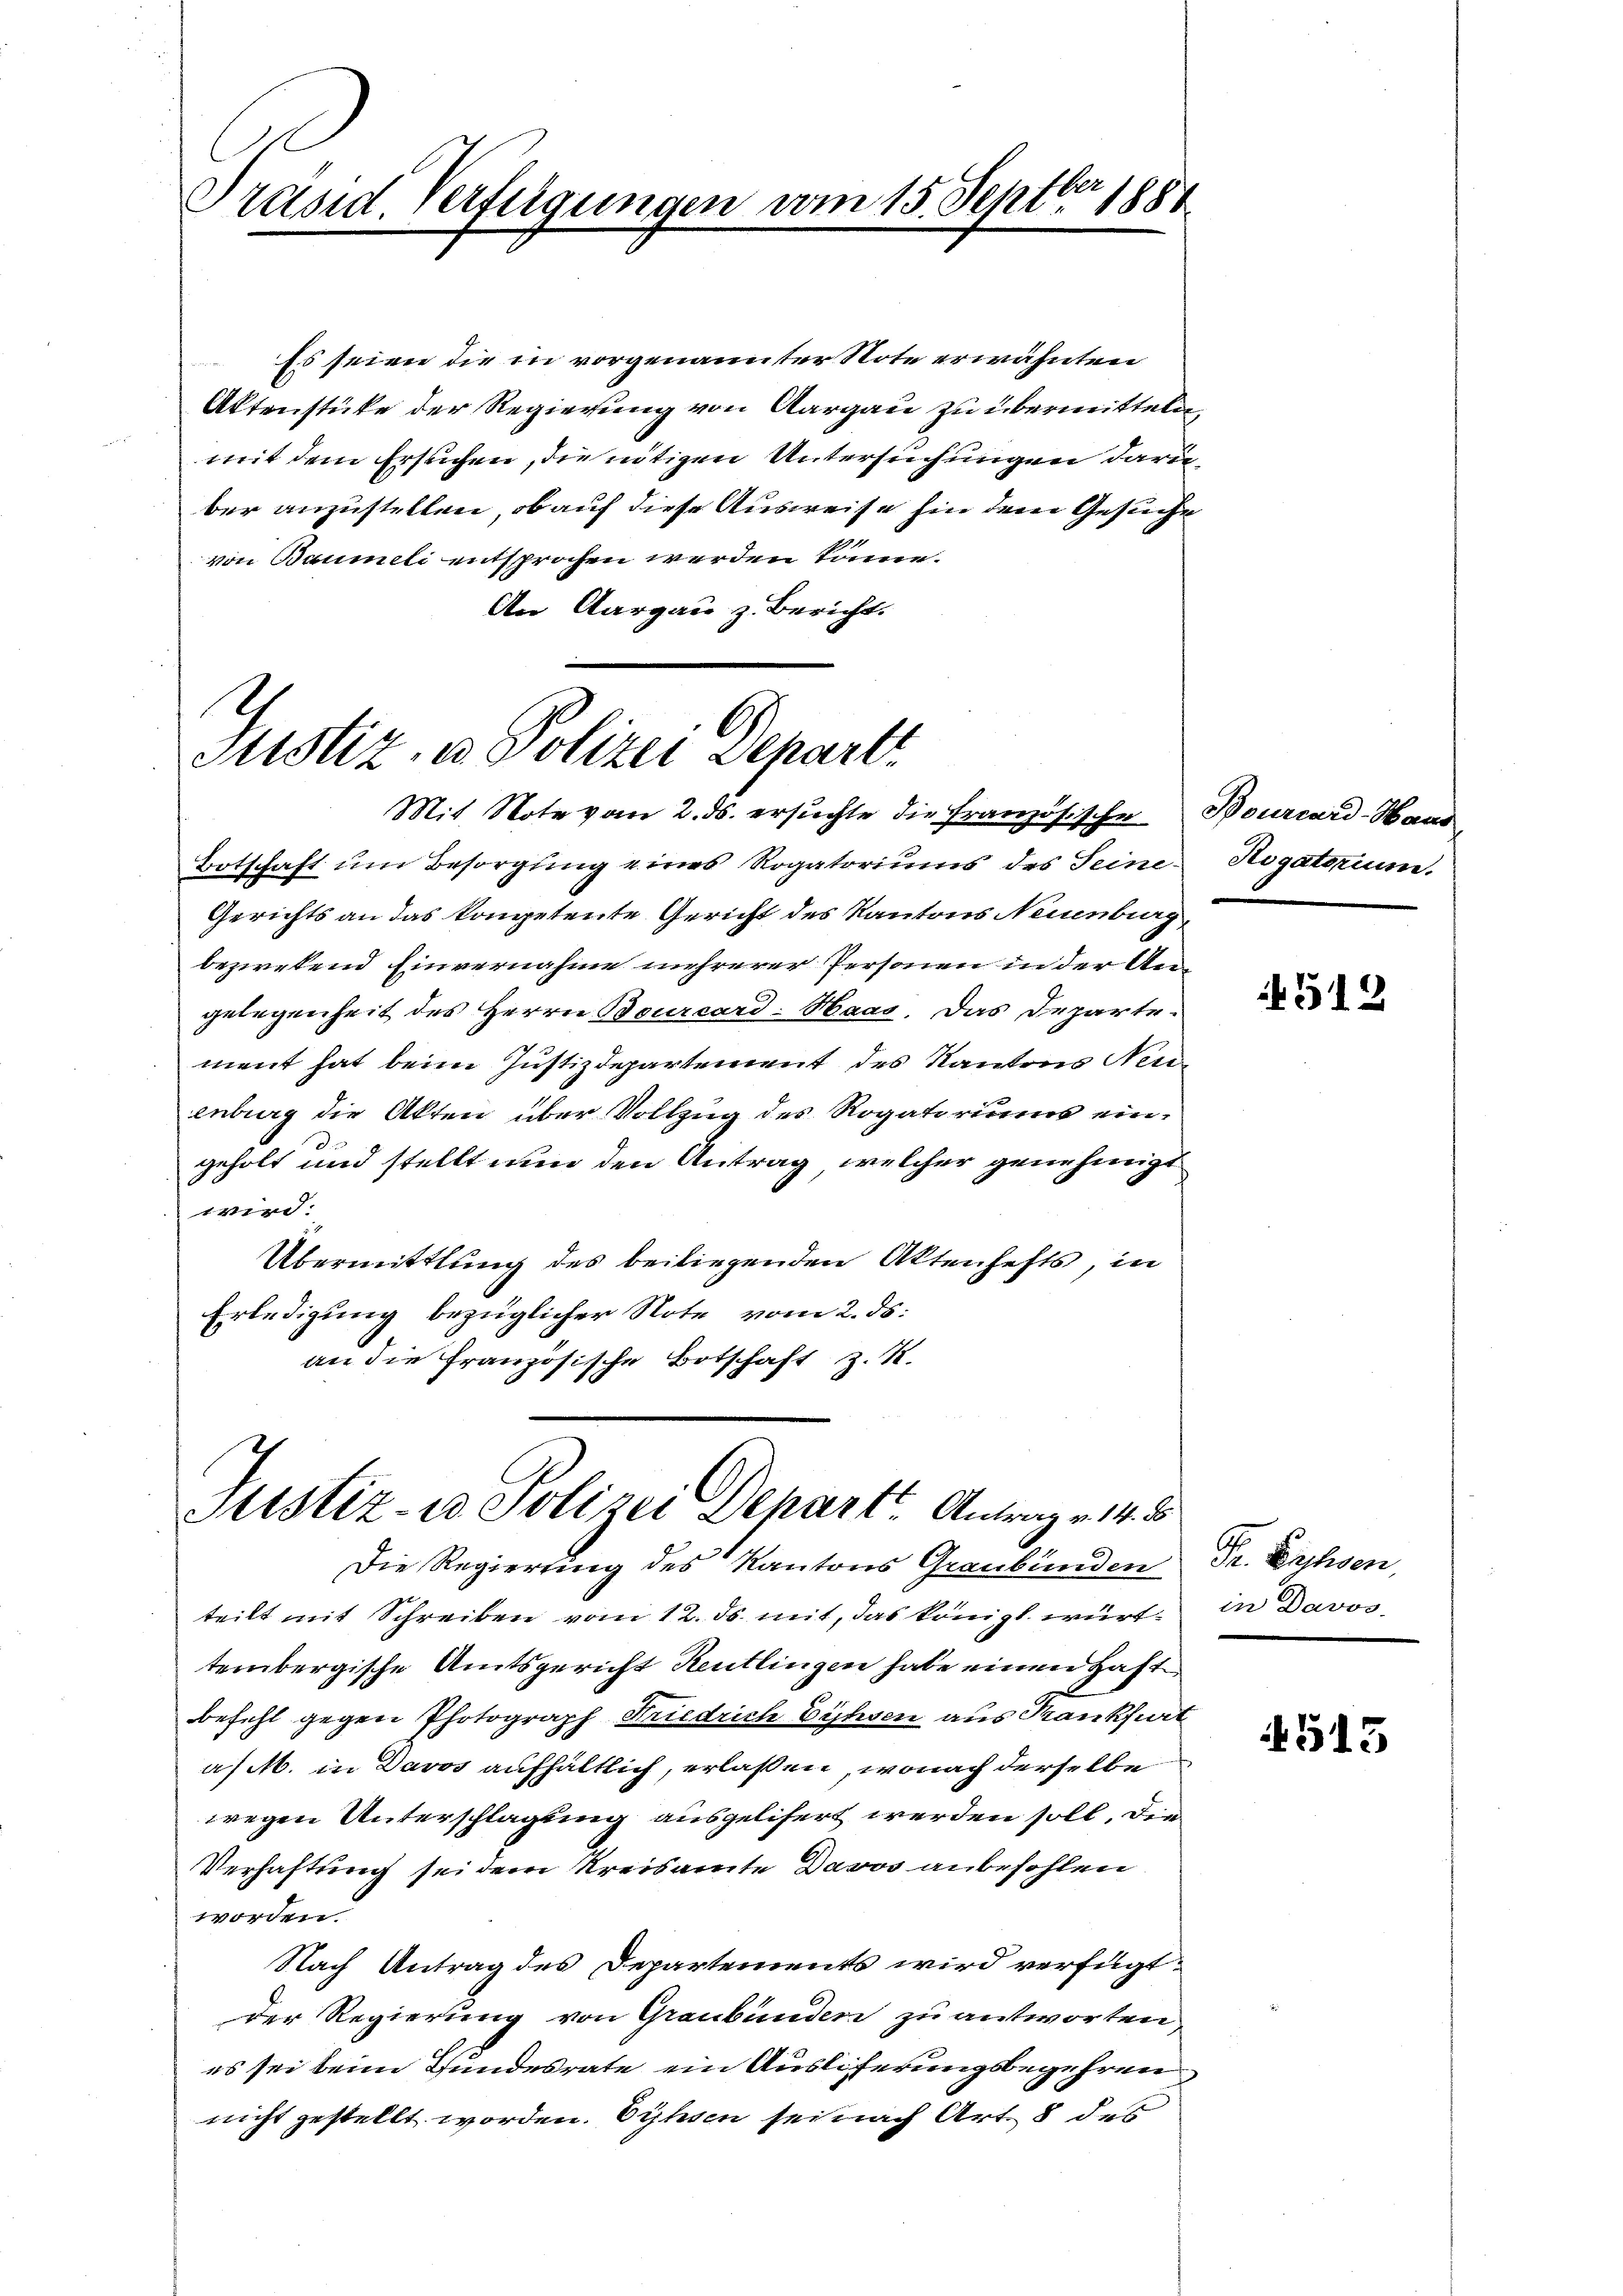
Präsid Verfügungen vom 15. Septbr 1881

Es seien die in vorgenannter Note erwähnten
Aktenstüke der Regierung von Aargau zu übermitteln,
mit dem Ersuchen, die nntizen Untersuchungen darin
ber anzustellen, ob auf diese Ausweise hin dem Gesuche
von Baumeli entsprochen werden könne.
An Aargau z. Bericht.

.
Justiz, u. Polizei Depart
Mit Note vom 2. ds. ersuchte die Französische

Justiz- u Polizei Dehart Antrag v. 14. 8

Botschaft um Besorgung eines Rogatoriums des Seine
Gerichts an das kompetente Gericht des Kantons Neuenburg
beziehend Einvernahme mehrerer Personen in der Angelegenheit des Herrn Bourcard-Haar. Das Departement hat beim Justizdepartement des Kantons Neuenburg die Akten über Vollzug des Rogatoriums eingeholt und stellt nun den Antrag, welcher genehmigt
wird:
Übermittlung des beiliegenden Aktenhefts, in
Erledigung bezüglicher Note vom 2. ds.
an die Französische Botschaft z. R.

Die Regierung des Kantons Graubünden
teilt mit Schreiben vom 12. ds. mit, das königl. württembergische Amtsgericht Reutlingen habe einen Haft
befehl gegen Photograph Friedrich Eühsen aus Krankfurt
a. M. in Davos aufhältlich, erlaßen, wonach derselbe
wegen Unterschlagung ausgelisert werden soll. Die
Verhaftung sei dem Kreisamte Davos anbefohlen
worden.
Nach Antrag des Departements wird verfügt:
der Regierung von Graubünden zu antworten,
es sei beim Bundesrate ein Ausliferungsbegehren.
nicht gestellt worden. Einsen sei nach Art. 8 des

Bourcard-Hand
Rigatorium.

4512

Pr. Lesen.
in Davos.

4515